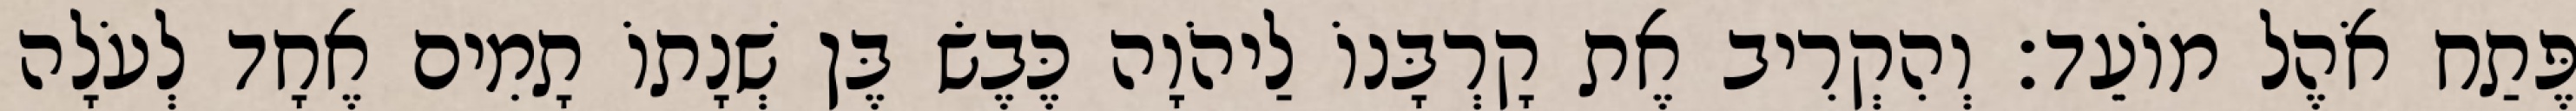
פֶּתַח אֹהֶל מוֹעֵד׃ וְהִקְרִיב אֶת קָרְבָּנוֹ לַיהֹוָה כֶּבֶשׂ בֶּן שְׁנָתוֹ תָמִים אֶחָד לְעֹלָה